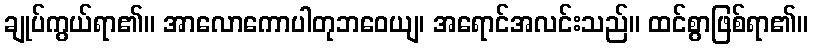
ချုပ်ကွယ်ရာ၏။ အာလောကောပါတုဘဝေယျ၊ အရောင်အလင်းသည်။ ထင်စွာဖြစ်ရာ၏။